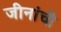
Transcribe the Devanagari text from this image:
जीनांची